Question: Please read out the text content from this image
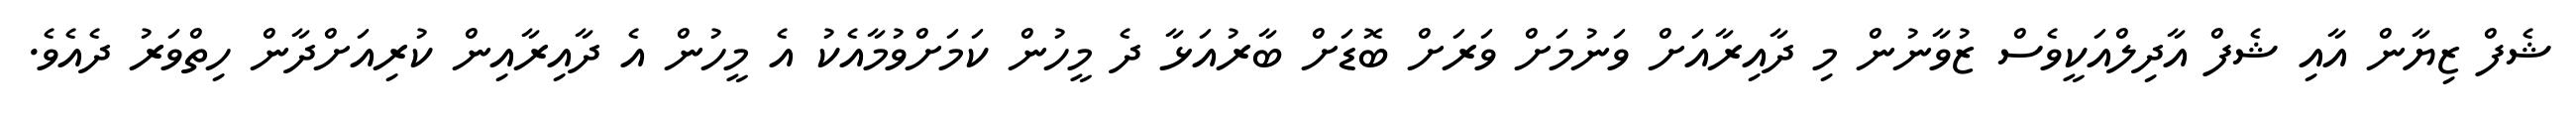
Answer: ޝެފް ޒިޔާން އާއި ޝެފް އާދިލްއަކީވެސް ޒުވާނުން މި ދާއިރާއަށް ވަނުމަށް ވަރަށް ބޮޑަށް ބާރުއަޅާ ދެ މީހުން ކަމަށްވުމާއެކު އެ މީހުން އެ ދާއިރާއިން ކުރިއަށްދާން ހިތްވަރު ދެއެވެ.